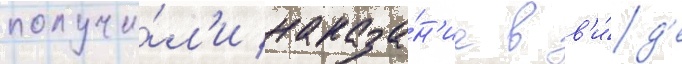
получи́л'и наказа́н'ие в в'и́д'е